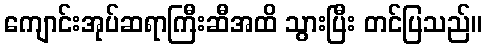
ကျောင်းအုပ်ဆရာကြီးဆီအထိ သွားပြီး တင်ပြသည်။